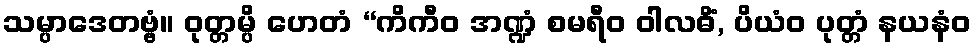
သမ္ပာဒေတဗ္ဗံ။ ဝုတ္တမ္ပိ ဟေတံ “ကိကီဝ အဏ္ဍံ စမရီဝ ဝါလဓိံ, ပိယံဝ ပုတ္တံ နယနံဝ